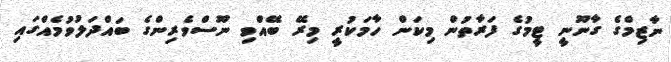
ނާޒިމްގެ ގާނޫނީ ޓީމުގެ ފަރާތުން މިކަން ހާމަކުރީ މިރޭ ބޭއްވި ނޫސްވެރިންގެ ބައްދަލުވުމެއްގައި